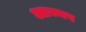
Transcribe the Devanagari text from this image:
आज्यप